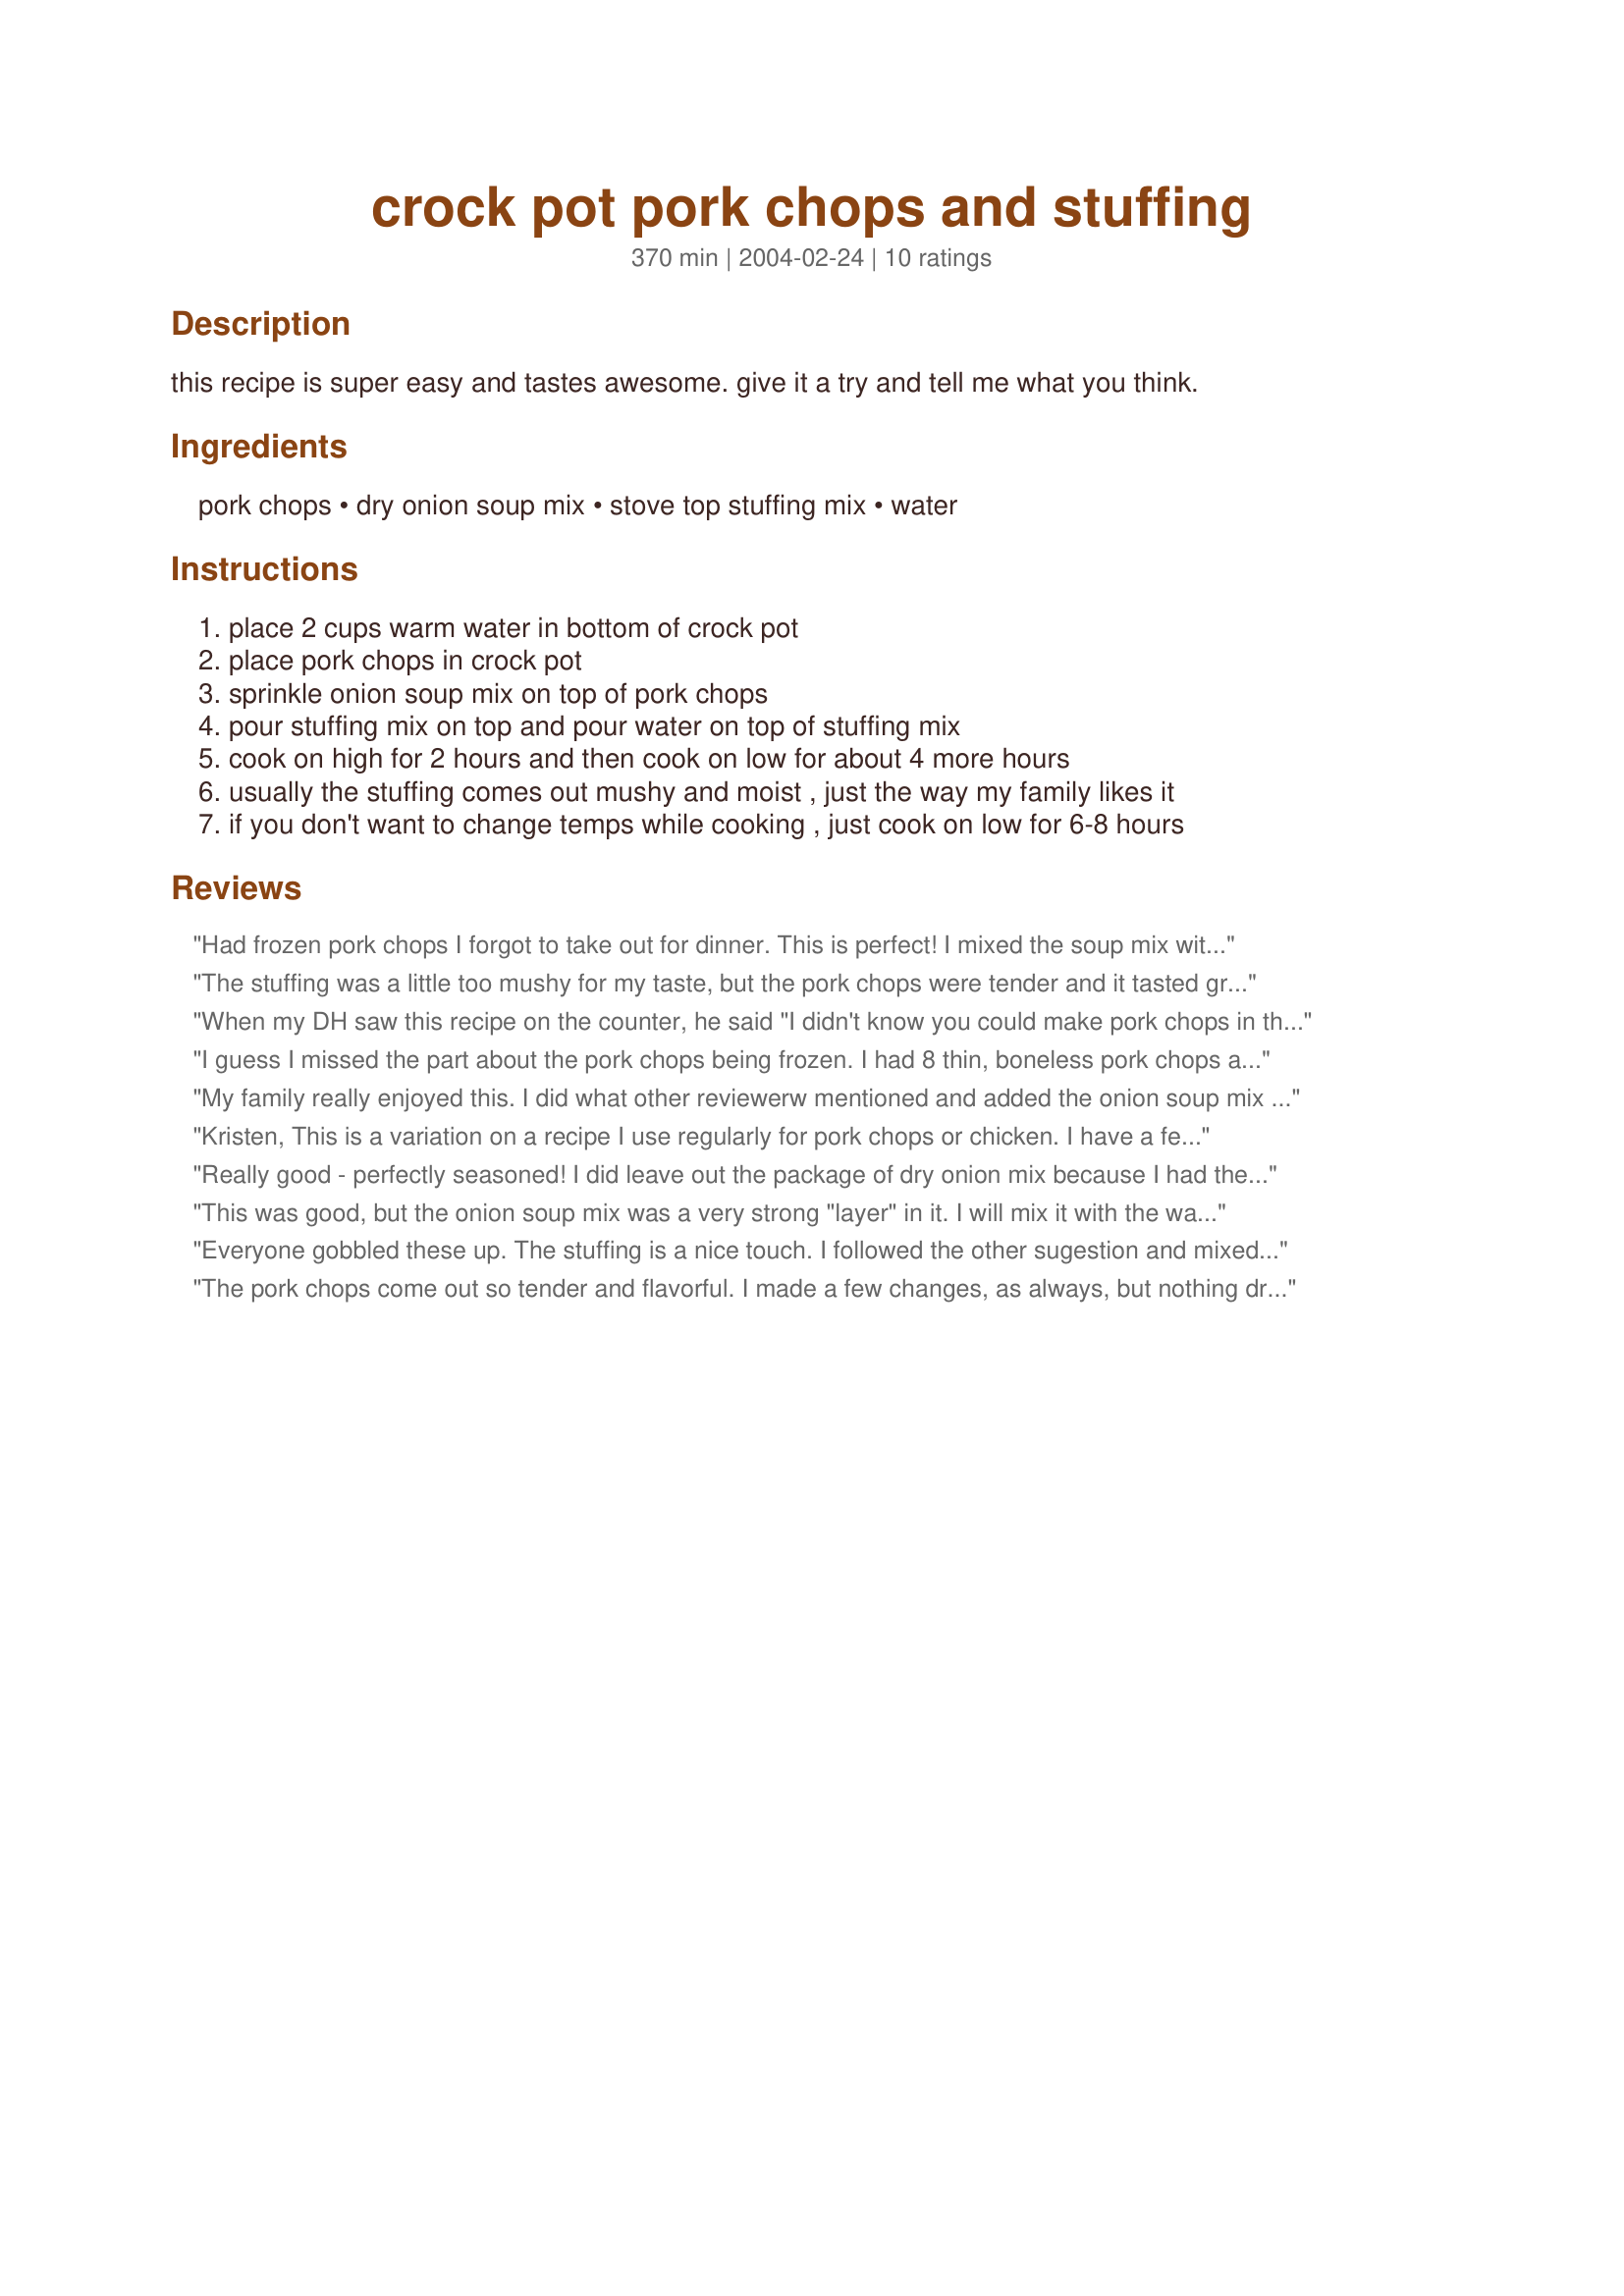
crock pot pork chops and stuffing
Preparation time: 370 minutes

this recipe is super easy and tastes awesome. give it a try and tell me what you think.

Ingredients:
pork chops, dry onion soup mix, stove top stuffing mix, water

Steps:
place 2 cups warm water in bottom of crock pot, place pork chops in crock pot, sprinkle onion soup mix on top of pork chops, pour stuffing mix on top and pour water on top of stuffing mix, cook on high for 2 hours and then cook on low for about 4 more hours, usually the stuffing comes out mushy and moist , just the way my family likes it, if you don't want to change temps while cooking , just cook on low for 6-8 hours

Reviews:
Had frozen pork chops I forgot to take out for dinner. This is perfect! I mixed the soup mix with the water. I used 6 pork chops, 1 pgk of dressing mix and 1 1/2 C water. Cooked on high for 1 hour, then 3 hours on low - just right for my cooker. Will make again.
The stuffing was a little too mushy for my taste, but the pork chops were tender and it tasted great. I'll definitely make this again, maybe with a tad less water next time. Thanks for posting!
When my DH saw this recipe on the counter, he said "I didn't know you could make pork chops in the crock pot" . Little does he know. We all enjoyed this very much. The pork chops were just falling off the bone after 5 hours on low. I halved the recipe, but wasn't paying close attention and just dumped the whole pkg of onion soup in. It did not effect the taste at all. I do agree that the stuffing was a bit mushy, but still yummy.
I guess I missed the part about the pork chops being frozen. I had 8 thin, boneless pork chops and since they were not frozen the ones closer to the bottom got overcooked. We thought that the flavors were really good but the stuffing was too mushy.
My family really enjoyed this. I did what other reviewerw mentioned and added the onion soup mix to the bottom layer of water. My chops weren't frozen so I didn't cook as long. I followed the rest of the recipe as written. I was a bit worried that others said the stuffing was mushy but we thought it was great.
Kristen,

This is a variation on a recipe I use regularly for pork chops or chicken. I have a few modifications because I make it with only 4 chops or chicken breasts (so we have left-overs for the next day's lunch). A great recipe. Thanks for sharing.
Really good - perfectly seasoned! I did leave out the package of dry onion mix because I had the Seasoned Herbs Stove Top and I didn't want it to be too salty, but everyone loved this...even my picky 3 year olds!
This was good, but the onion soup mix was a very strong "layer" in it. I will mix it with the water next time so it spreads throughout the dish!!!
Everyone gobbled these up. The stuffing is a nice touch. I followed the other sugestion and mixed the onion soup with the bottom layer of water. Thanks for sharing.
The pork chops come out so tender and flavorful. I made a few changes, as always, but nothing drastic. I used 10 thawed boneless chops, added an extra 1/4 cup of water, and cooked for 6 hours on low. I also used onion-mushroom soup mix instead of plain onion and StoveTop cornbread dressing instead of stuffing, since those are my preferences. It was a little salty, but I just noticed that I used two packets of soup mix when it only called for one. That explains the saltiness, lol. Other than that, it was great. Definitely a keeper for us.
